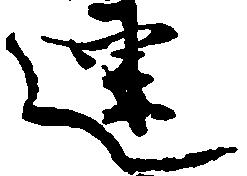
連